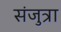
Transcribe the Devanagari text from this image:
संजुत्रा